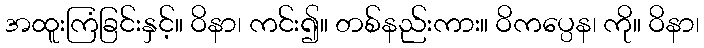
အထူးကြံခြင်းနှင့်။ ဝိနာ၊ ကင်း၍။ တစ်နည်းကား။ ဝိကပ္ပေန၊ ကို။ ဝိနာ၊